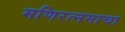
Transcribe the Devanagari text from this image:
मणिरत्नमाचा